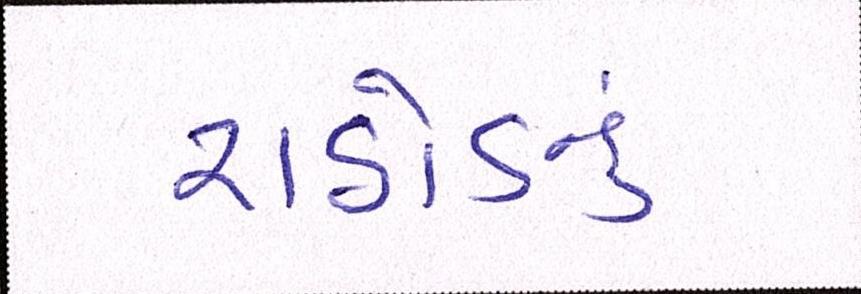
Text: રાઠોડનું